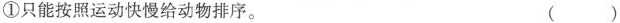
①只能按照运动快慢给动物排序。 ()